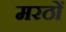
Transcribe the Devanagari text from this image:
मरठों